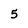
Character: 5